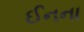
ઈનના